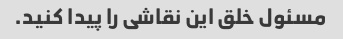
مسئول خلق این نقاشی را پیدا کنید.